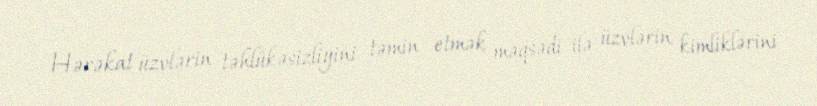
Hərəkat üzvlərin təhlükəsizliyini təmin etmək məqsədi ilə üzvlərin kimliklərini